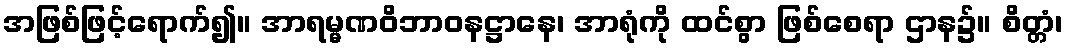
အဖြစ်ဖြင့်ရောက်၍။ အာရမ္မဏဝိဘာဝနဋ္ဌာနေ၊ အာရုံကို ထင်စွာ ဖြစ်စေရာ ဌာန၌။ စိတ္တံ၊